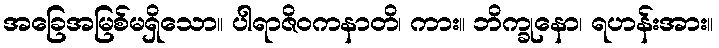
အခြေအမြစ်မရှိသော။ ပါရာဇိဝကနာတိ၊ ကား။ ဘိက္ခုနော၊ ရဟန်းအား။